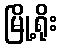
မြို့ရိုး